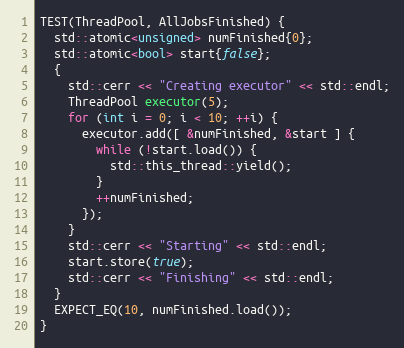
Language: C++
TEST(ThreadPool, AllJobsFinished) {
  std::atomic<unsigned> numFinished{0};
  std::atomic<bool> start{false};
  {
    std::cerr << "Creating executor" << std::endl;
    ThreadPool executor(5);
    for (int i = 0; i < 10; ++i) {
      executor.add([ &numFinished, &start ] {
        while (!start.load()) {
          std::this_thread::yield();
        }
        ++numFinished;
      });
    }
    std::cerr << "Starting" << std::endl;
    start.store(true);
    std::cerr << "Finishing" << std::endl;
  }
  EXPECT_EQ(10, numFinished.load());
}